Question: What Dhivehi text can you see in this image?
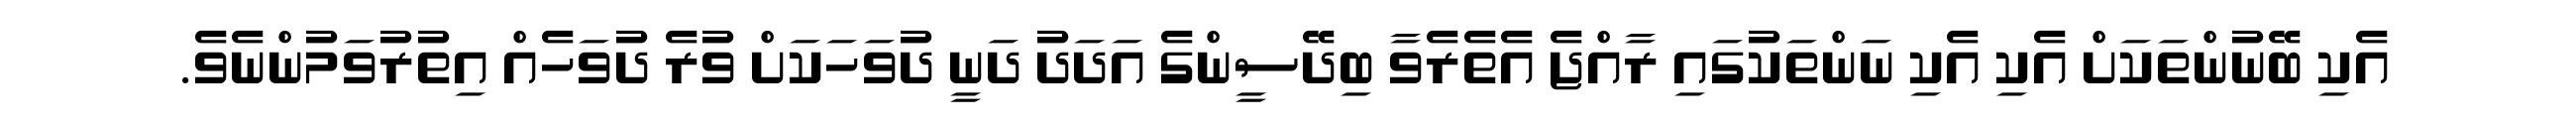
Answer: އެކި ބޭނުންތަކަށް އެކި އެކި ނަންތަކުގައި ރާއްޖެ އެތެރެވާ ބިދޭސީންގެ އަދަދު ދަނީ ދުވަހަކަށް ވުރެ ދުވަހެއް އިތުރުވަމުންނެވެ.